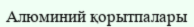
Алюминий қорытпалары